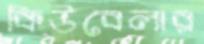
কিউবেলার